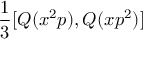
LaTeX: { \frac { 1 } { 3 } } [ Q ( x ^ { 2 } p ) , Q ( x p ^ { 2 } ) ]